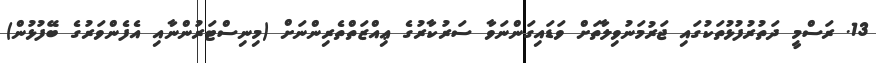
13. ރަސްމީ ދަތުރުފުޅުތަކުގައި ޖަރުމަނުވިލާތަށް ވަޑައިގަންނަވާ ސަރުކާރުގެ ޢިއްޒަތްތެރިންނަށް (މިނިސްޓަރުންނާއި އެފެންވަރުގެ ބޭފުޅުން)